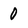
Character: O